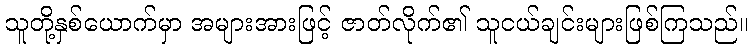
သူတို့နှစ်ယောက်မှာ အများအားဖြင့် ဇာတ်လိုက်၏ သူငယ်ချင်းများဖြစ်ကြသည်။